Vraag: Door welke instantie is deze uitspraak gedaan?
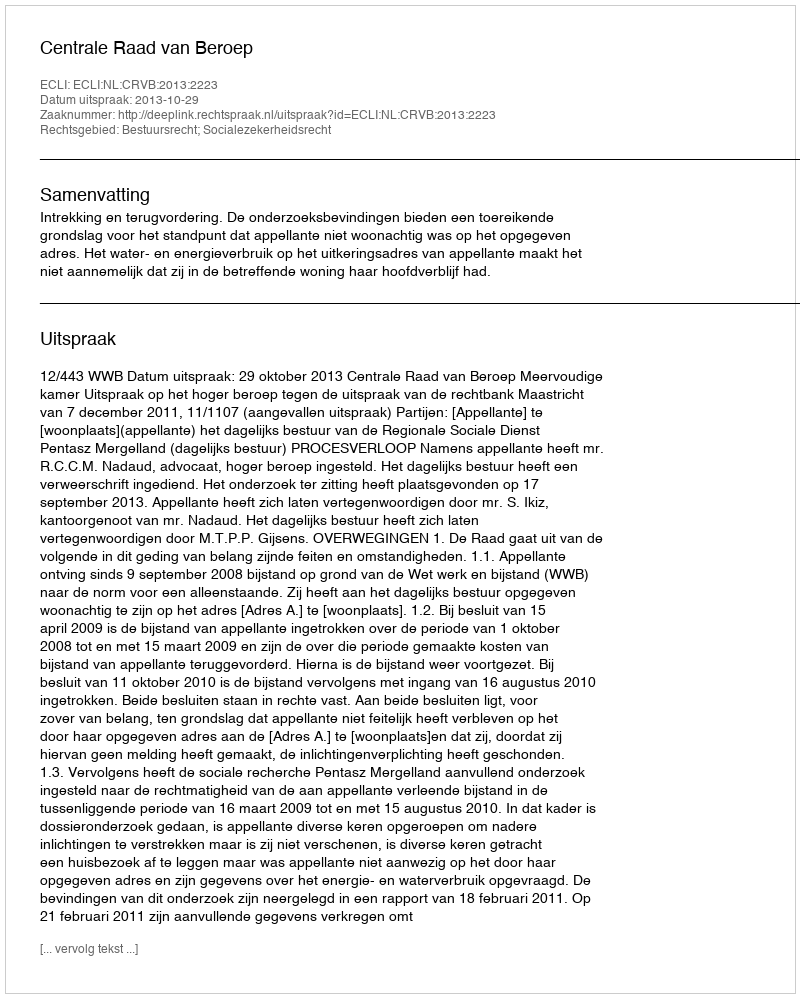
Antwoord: Centrale Raad van Beroep